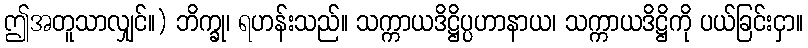
ဤအတူသာလျှင်။) ဘိက္ခု၊ ရဟန်းသည်။ သက္ကာယဒိဋ္ဌိပ္ပဟာနာယ၊ သက္ကာယဒိဋ္ဌိကို ပယ်ခြင်းငှာ။